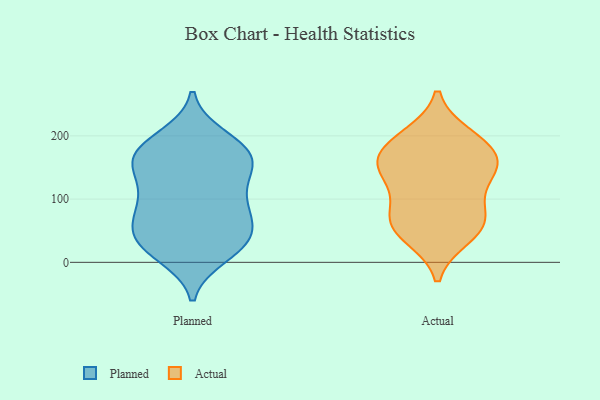
{"axis": {"x": "Page Views", "y": "Value"}, "legend": ["Actual", "Planned"], "data": [{"x": "", "y": 25, "type": "Planned"}, {"x": "", "y": 141, "type": "Planned"}, {"x": "", "y": 157, "type": "Planned"}, {"x": "", "y": 57, "type": "Planned"}, {"x": "", "y": 197, "type": "Planned"}, {"x": "", "y": 169, "type": "Planned"}, {"x": "", "y": 105, "type": "Planned"}, {"x": "", "y": 30, "type": "Planned"}, {"x": "", "y": 87, "type": "Planned"}, {"x": "", "y": 125, "type": "Planned"}, {"x": "", "y": 186, "type": "Planned"}, {"x": "", "y": 164, "type": "Planned"}, {"x": "", "y": 86, "type": "Planned"}, {"x": "", "y": 26, "type": "Planned"}, {"x": "", "y": 39, "type": "Planned"}, {"x": "", "y": 80, "type": "Planned"}, {"x": "", "y": 52, "type": "Planned"}, {"x": "", "y": 165, "type": "Planned"}, {"x": "", "y": 175, "type": "Planned"}, {"x": "", "y": 12, "type": "Planned"}, {"x": "", "y": 145, "type": "Actual"}, {"x": "", "y": 185, "type": "Actual"}, {"x": "", "y": 57, "type": "Actual"}, {"x": "", "y": 142, "type": "Actual"}, {"x": "", "y": 146, "type": "Actual"}, {"x": "", "y": 156, "type": "Actual"}, {"x": "", "y": 61, "type": "Actual"}, {"x": "", "y": 42, "type": "Actual"}, {"x": "", "y": 68, "type": "Actual"}, {"x": "", "y": 198, "type": "Actual"}, {"x": "", "y": 93, "type": "Actual"}, {"x": "", "y": 184, "type": "Actual"}]}